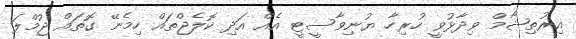
އިރުތިޝާމް ވިދާޅުވީ ހުރިހާ ޔުނިވާސީޓީ އެއް އަދި ކޮލެޖްތައް ހިމެނޭ ގޮތައް ޖުމްލަ